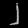
Digit: ၂